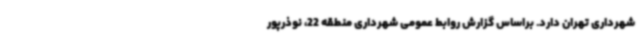
شهرداری تهران دارد. براساس گزارش روابط عمومی شهرداری منطقه 22، نوذرپور